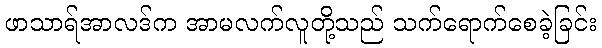
ဖာသာရ်အာလဒ်က အာမလက်လူတို့သည် သက်ရောက်စေခဲ့ခြင်း